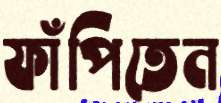
ফাঁপিতেন